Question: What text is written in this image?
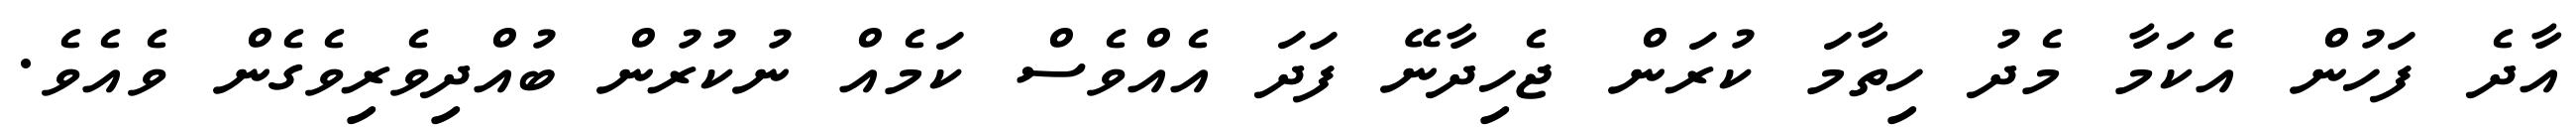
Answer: އާދެ ފަހުން އެކަމާ މެދު ހިތާމަ ކުރަން ޖެހިދާނޭ ފަދަ އެއްވެސް ކަމެއް ނުކުރުން ބުއްދިވެރިވެގެން ވެއެވެ.